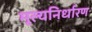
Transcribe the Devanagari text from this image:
मूल्यनिर्धारण